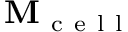
\mathbf { M } _ { \mathrm { ~ c ~ e ~ l ~ l ~ } }